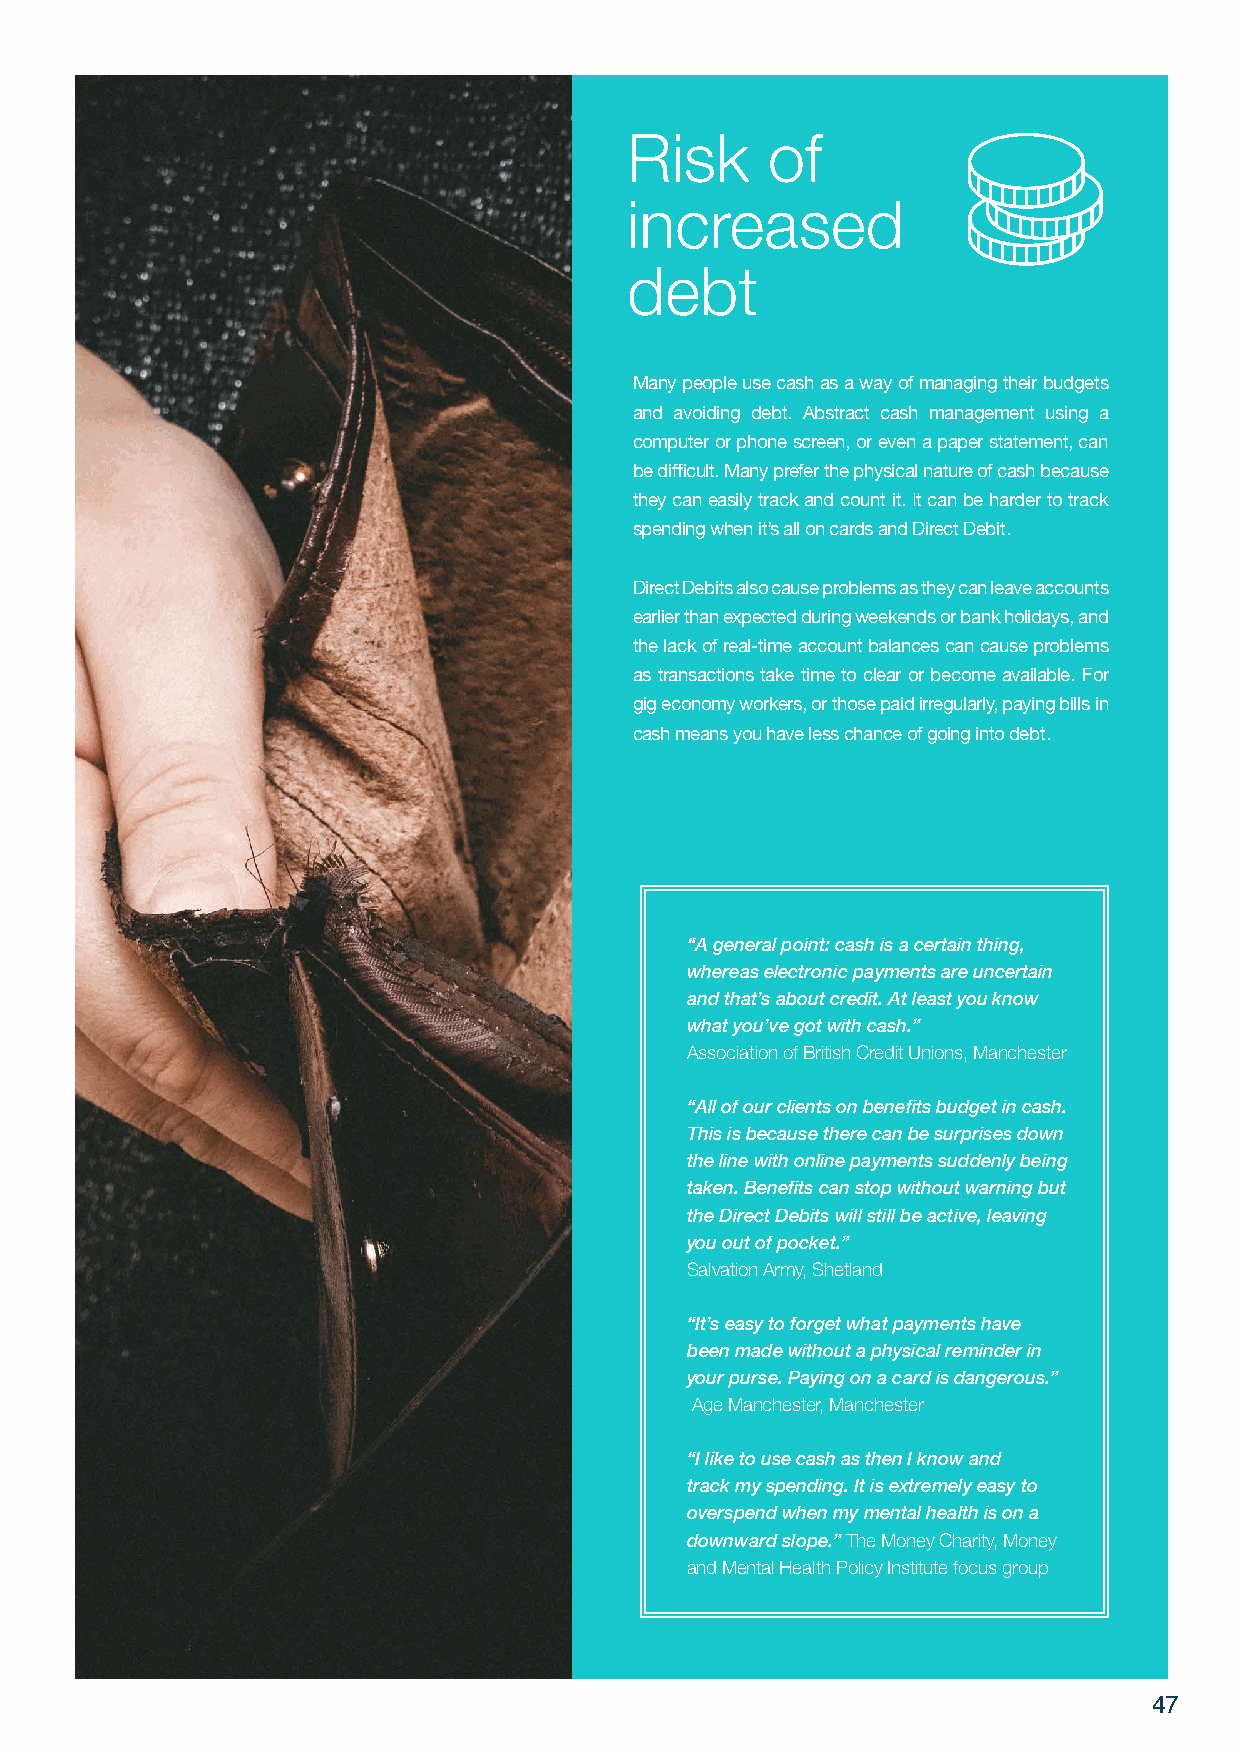
Risk      of
 increased
 debt
 Many people use cash as a way of managing their budgets
 and avoiding debt. Abstract cash management using a
 computer or phone screen, or even a paper statement, can
 be difficult. Many prefer the physical nature of cash because
 they can easily track and count it. It can be harder to track
 spending when it’s all on cards and Direct Debit.
 Direct Debits also cause problems as they can leave accounts
 earlier than expected during weekends or bank holidays, and
 the lack of real-time account balances can cause problems
 as transactions take time to clear or become available. For
 gig economy workers, or those paid irregularly, paying bills in
 cash means you have less chance of going into debt.
 “A general point: cash is a certain thing,
 whereas electronic payments are uncertain
 and that’s about credit. At least you know
 what you’ve got with cash.”
 Association of British Credit Unions, Manchester
 “All of our clients on benefits budget in cash.
 This is because there can be surprises down
 the line with online payments suddenly being
 taken. Benefits can stop without warning but
 the Direct Debits will still be active, leaving
 you out of pocket.”
 Salvation Army, Shetland
 “It’s easy to forget what payments have
 been made without a physical reminder in
 your purse. Paying on a card is dangerous.”
 Age Manchester, Manchester
 “I like to use cash as then I know and
 track my spending. It is extremely easy to
 overspend when my mental health is on a
 downward slope.” The Money Charity, Money
 and Mental Health Policy Institute focus group
 47